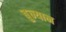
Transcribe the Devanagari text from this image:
बुन्यान